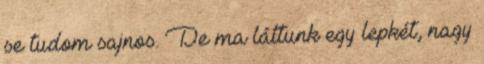
se tudom sajnos. De ma láttunk egy lepkét, nagy